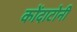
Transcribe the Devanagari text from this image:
कोंदाटोनी